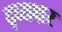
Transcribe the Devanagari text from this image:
द्व्यक्षर